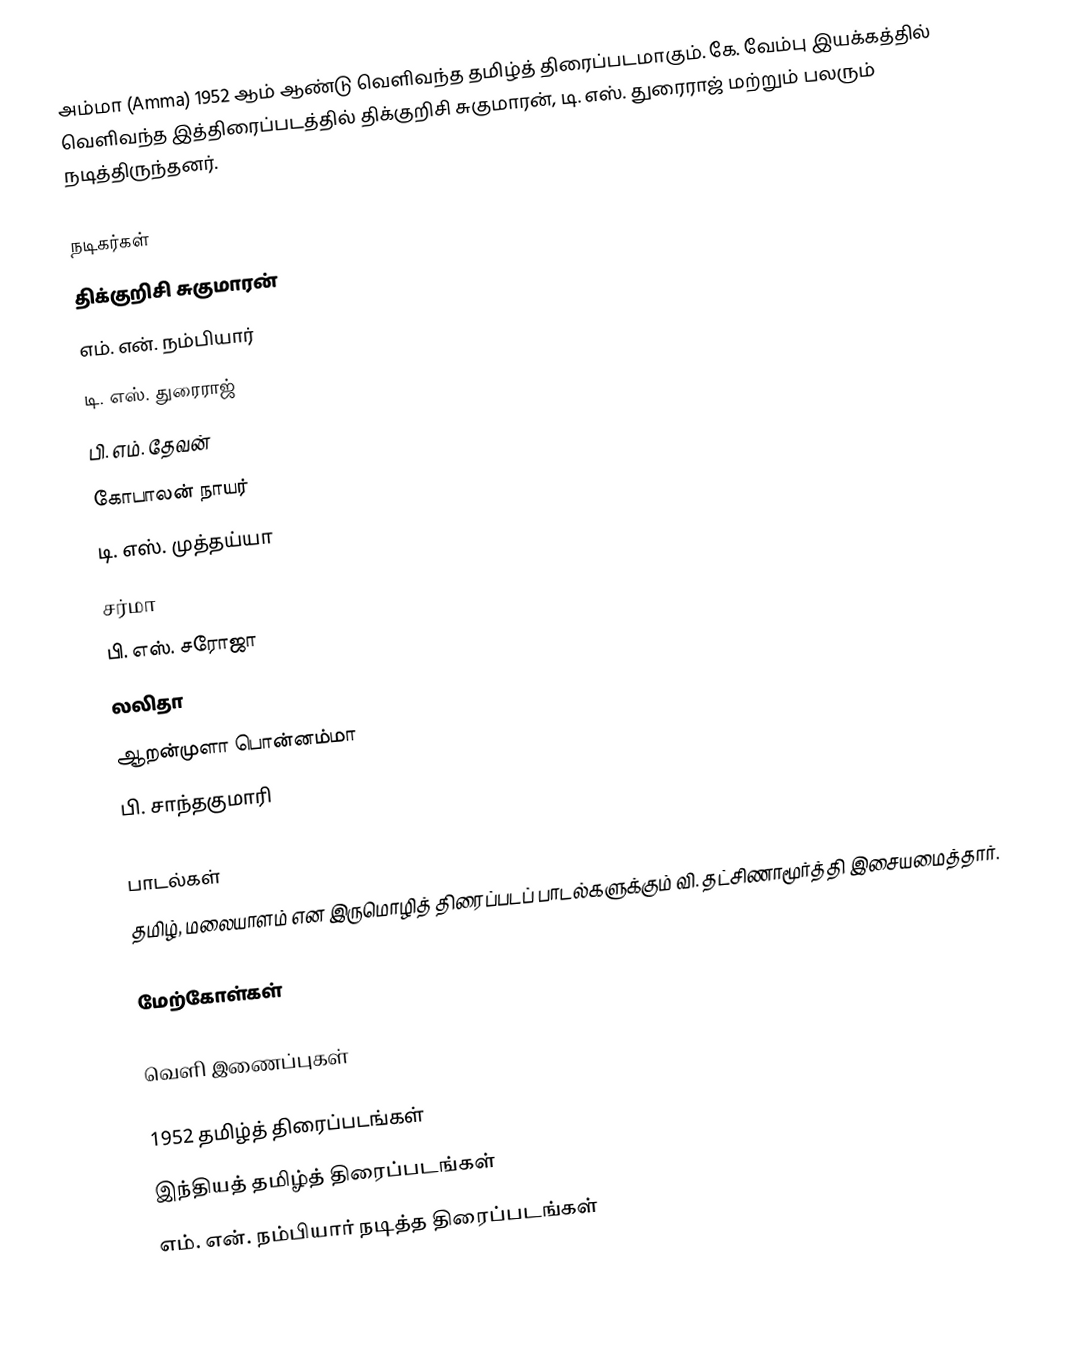
அம்மா (Amma) 1952 ஆம் ஆண்டு வெளிவந்த தமிழ்த் திரைப்படமாகும். கே. வேம்பு இயக்கத்தில் வெளிவந்த இத்திரைப்படத்தில் திக்குறிசி சுகுமாரன், டி. எஸ். துரைராஜ் மற்றும் பலரும் நடித்திருந்தனர்.

நடிகர்கள்
 திக்குறிசி சுகுமாரன்
 எம். என். நம்பியார்
 டி. எஸ். துரைராஜ்
 பி. எம். தேவன்
 கோபாலன் நாயர்
 டி. எஸ். முத்தய்யா
 சர்மா
 பி. எஸ். சரோஜா
 லலிதா
 ஆறன்முளா பொன்னம்மா
 பி. சாந்தகுமாரி

பாடல்கள்
தமிழ், மலையாளம் என இருமொழித் திரைப்படப் பாடல்களுக்கும் வி. தட்சிணாமூர்த்தி இசையமைத்தார்.

மேற்கோள்கள்

வெளி இணைப்புகள்

1952 தமிழ்த் திரைப்படங்கள்
இந்தியத் தமிழ்த் திரைப்படங்கள்
எம். என். நம்பியார் நடித்த திரைப்படங்கள்